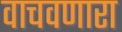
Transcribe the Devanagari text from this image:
वाचवणारा